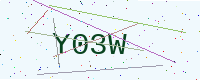
Text: Y03W